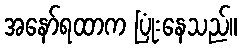
အနော်ရထာက ပြုံးနေသည်။